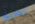
تطيع